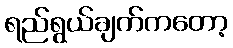
ရည်ရွယ်ချက်ကတော့